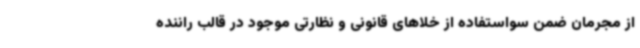
از مجرمان ضمن سواستفاده از خلاهای قانونی و نظارتی موجود در قالب راننده